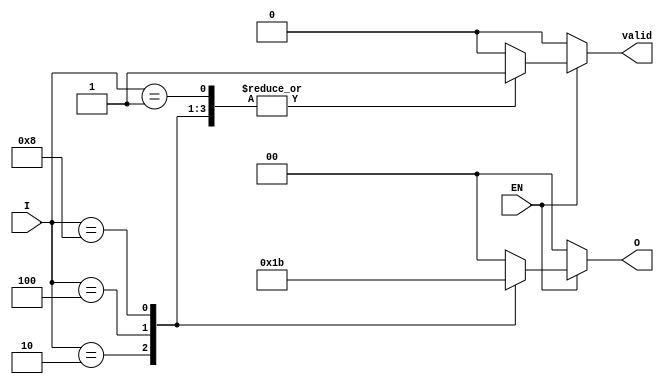
module one_of_n_encoder (
    input wire [3:0] I,   // 4 input lines
    input wire EN,        // Enable signal
    output reg [1:0] O,   // 2 output lines
    output reg valid      // Valid output signal
);

    always @(*) begin
        if (!EN) begin
            O = 2'b00;      // Default output when disabled
            valid = 1'b0;   // Invalid output
        end else begin
            case (I)
                4'b0001: begin
                    O = 2'b00; // Input 0 active
                    valid = 1'b1;
                end
                4'b0010: begin
                    O = 2'b01; // Input 1 active
                    valid = 1'b1;
                end
                4'b0100: begin
                    O = 2'b10; // Input 2 active
                    valid = 1'b1;
                end
                4'b1000: begin
                    O = 2'b11; // Input 3 active
                    valid = 1'b1;
                end
                default: begin
                    O = 2'b00; // No valid input or multiple inputs active
                    valid = 1'b0; // Invalid output
                end
            endcase
        end
    end

endmodule